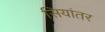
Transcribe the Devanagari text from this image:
सियांतर